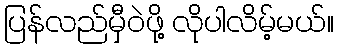
ပြန်လည်မှီဝဲဖို့ လိုပါလိမ့်မယ်။